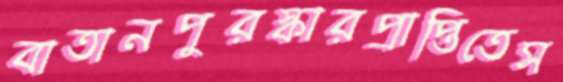
বাতানপুরস্কারপ্রাপ্তিতেস